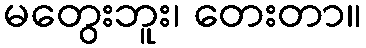
မတွေးဘူး၊ တေးတာ။